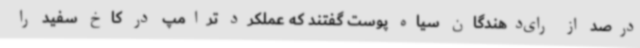
درصد از رای‌دهندگان سیاه پوست گفتند که عملکرد ترامپ در کاخ سفید را